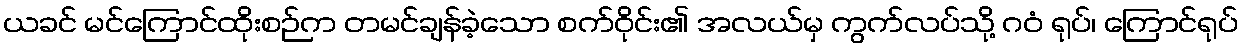
ယခင် မင်ကြောင်ထိုးစဉ်က တမင်ချန်ခဲ့သော စက်ဝိုင်း၏ အလယ်မှ ကွက်လပ်သို့ ဂဝံ ရုပ်၊ ကြောင်ရုပ်